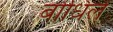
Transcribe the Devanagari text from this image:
बोधिलें